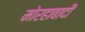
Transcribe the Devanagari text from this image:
मोरहाबादी